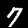
Digit: 7